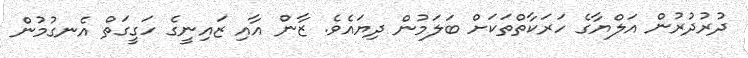
ދުރުދުރުން އަލްޔާގެ ހަރަކާތްތަކަށް ބަލަމުން ދިޔައެވެ. ޒާން އާއި ޒައިނީގެ ހަގީގަތް އެނގުމުން